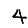
Digit: 4